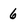
Character: 6